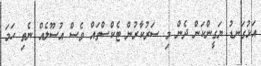
އަޅުގަނޑު ޔަގީންކަން ދެން މި ސަރުކާރުން ޓެކްސްތައް ވެސް އުސޫލެއް ނެތި ހަމަ